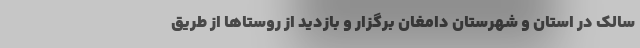
سالک در استان و شهرستان دامغان برگزار و بازدید از روستاها از طریق